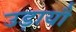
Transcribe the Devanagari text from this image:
उड़ायौ